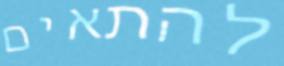
להתאים